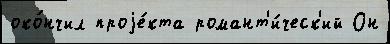
око́нчил проjе́кта романт'и́ческ'ий Он